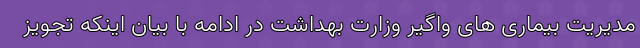
مدیریت بیماری های واگیر وزارت بهداشت در ادامه با بیان اینکه تجویز